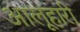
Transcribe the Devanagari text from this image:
आलूहारी